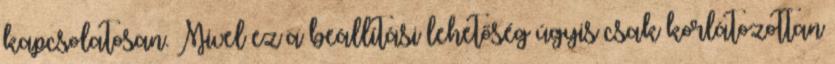
kapcsolatosan. Mivel ez a beállítási lehetőség úgyis csak korlátozottan